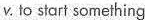
ν.to start something